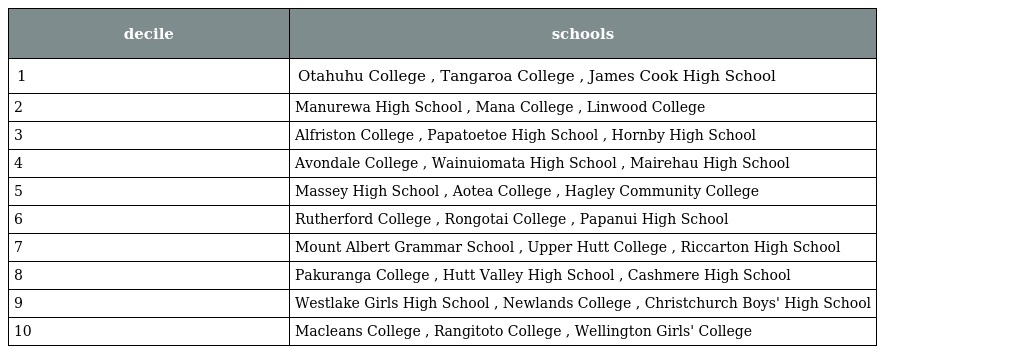
| decile | schools |
 | --- | --- |
 | 1 | Otahuhu College , Tangaroa College , James Cook High School |
 | 2 | Manurewa High School , Mana College , Linwood College |
 | 3 | Alfriston College , Papatoetoe High School , Hornby High School |
 | 4 | Avondale College , Wainuiomata High School , Mairehau High School |
 | 5 | Massey High School , Aotea College , Hagley Community College |
 | 6 | Rutherford College , Rongotai College , Papanui High School |
 | 7 | Mount Albert Grammar School , Upper Hutt College , Riccarton High School |
 | 8 | Pakuranga College , Hutt Valley High School , Cashmere High School |
 | 9 | Westlake Girls High School , Newlands College , Christchurch Boys' High School |
 | 10 | Macleans College , Rangitoto College , Wellington Girls' College |